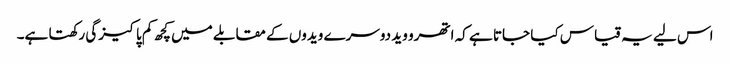
اس لیے یہ قیاس کیا جاتا ہے کہ اتھرو وید دوسرے ویدوں کے مقابلے میں کچھ کم پاکیزگی رکھتا ہے۔